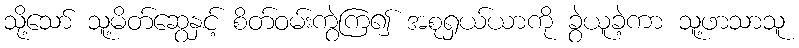
သို့သော် သူ့မိတ်ဆွေနှင့် စိတ်ဝမ်းကွဲကြ၍ အစုရှယ်ယာကို ခွဲယူခဲ့ကာ သူ့ဖာသာသူ